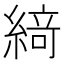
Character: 𦂶